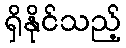
ရှိနိုင်သည့်